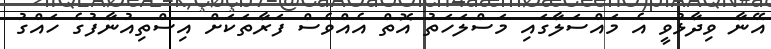
އޭނާ ވިދާޅުވީ އެ މައްސަލާގައި މަސްލަހަތު އޮތް އެއްވެސް ފަރާތަކަށް އިސްތިއުނާފުގެ ހައްގު